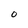
Character: O